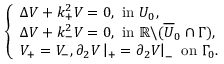
\left\{ \begin{array} { l l } { \Delta V + k _ { + } ^ { 2 } V = 0 , \mathrm { ~ i n ~ } U _ { 0 } , } \\ { \Delta V + k _ { - } ^ { 2 } V = 0 , \mathrm { ~ i n ~ } \mathbb { R } \backslash ( \overline { { U } } _ { 0 } \cap \Gamma ) , } \\ { V _ { + } = V _ { - } , \partial _ { 2 } V \left| _ { + } = \partial _ { 2 } V \right| _ { - } \mathrm { ~ o n ~ } \Gamma _ { 0 } . } \end{array} \right.